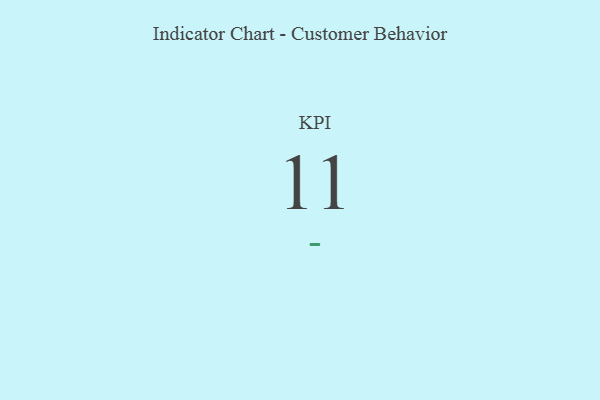
{"axis": {"x": "KPI", "y": "Value"}, "legend": [""], "data": [{"x": "KPI", "y": 11, "type": ""}]}